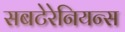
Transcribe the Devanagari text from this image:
सबटेरेनियन्स